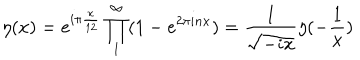
\eta ( x ) = e ^ { i \pi \frac { x } { 1 2 } } \prod _ { 1 } ^ { \infty } ( 1 - e ^ { 2 \pi i n x } ) = \frac { 1 } { \sqrt { - i x } } \eta ( - \frac { 1 } { x } )